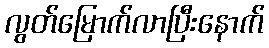
လွတ်မြောက်လာပြီးနောက်